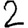
Digit: 2